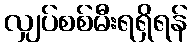
လျှပ်စစ်မီးရရှိရန်